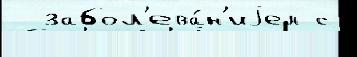
  забол'ева́н'иjем с